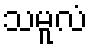
သမူလံ